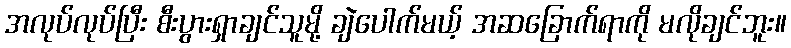
အလုပ်လုပ်ပြီး စီးပွားရှာချင်သူမို့ ချဲပေါက်မယ့် အဆခြောက်ရာကို မလိုချင်ဘူး။